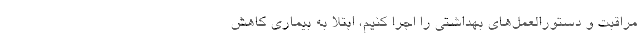
مراقبت و دستورالعمل‌های بهداشتی را اجرا کنیم، ابتلا به بیماری کاهش